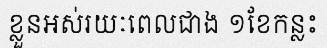
ខ្លួនអស់រយៈពេលជាង ១ខែកន្លះ